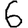
Digit: 6